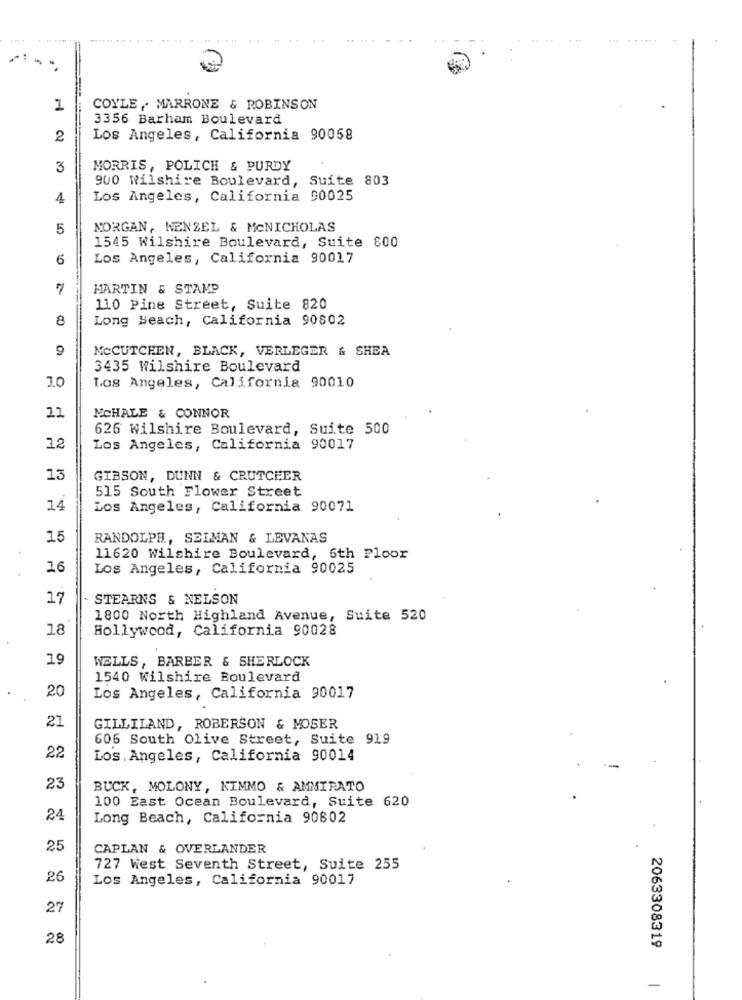
...
1
COYLE , MARRONE & ROBINSON
3356 Barham Boulevard
2
Los Angeles, California 90058
3
MORRIS, POLICH & PURDY
900 Wilshire Boulevard, Suite 803
4
Los Angeles, California 90025
5
NORGAN, WENZEL & MeNICHOLAS
1545 Wilshire Boulevard, Suite 800
6
Los Angeles, California 90017
MARTIN & STAMP
110 Pine Street, Suite 820
8
Long Beach, California 90802
9
MCCUTCHEN, BLACK, VERLEGER & SHEA
3435 Wilshire Boulevard
Los Angeles, California 90010
21
NCHALE & CONNOR
626 Wilshire Boulevard, Suite 500
12
Los Angeles, California 90017
13
GIBSON, DUNN & CRUTCHER
515 South Flower Street
14
Los Angeles, California 90071
15
RANDOLPH, SELMAN & LEVANAS
11620 Wilshire Boulevard, 6th Floor
16
Los Angeles, California 90025
17
STEARNS & NELSON
1800 North Highland Avenue, Suite 520
18
Hollywood, California 90028
19
WELLS, BARBER & SHERLOCK
1540 Wilshire Boulevard
20
Los Angeles, California 90017
21
GILLILAND, ROBERSON & MOSER
606 South Olive Street, Suite 919
22
Los Angeles, California 90014
23
BUCK, MOLONY, KIMMO & AMMIRATO
100 East Ocean Boulevard, Suite 620
24
Long Beach, California 90802
25
CAPLAN & OVERLANDER
727 West Seventh Street, Suite 255
26
Los Angeles, California 90017
27
28
2063308319
-